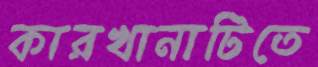
কারখানাটিতে